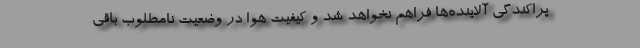
پراکندگی آلاینده‌ها فراهم نخواهد شد و کیفیت هوا در وضعیت نامطلوب باقی